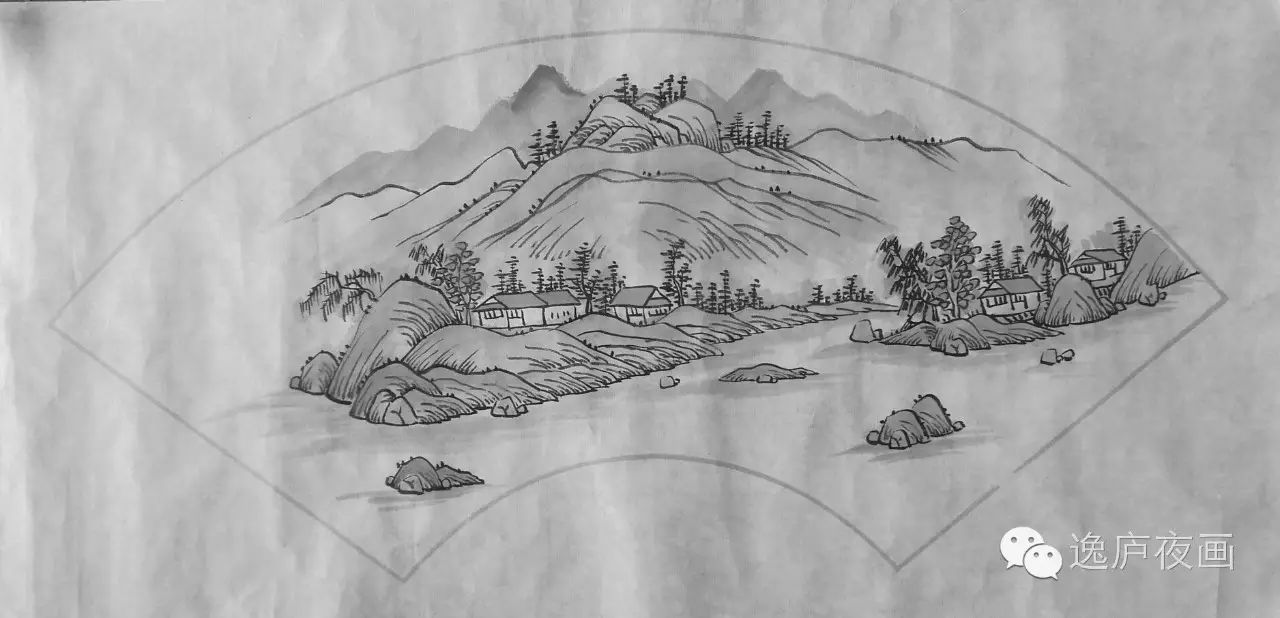
独行独坐，独唱独酬还独卧。